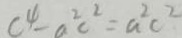
c ^ { 4 } - a ^ { 2 } c ^ { 2 } = a ^ { 2 } c ^ { 2 }